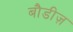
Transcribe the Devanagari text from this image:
बौडीज़